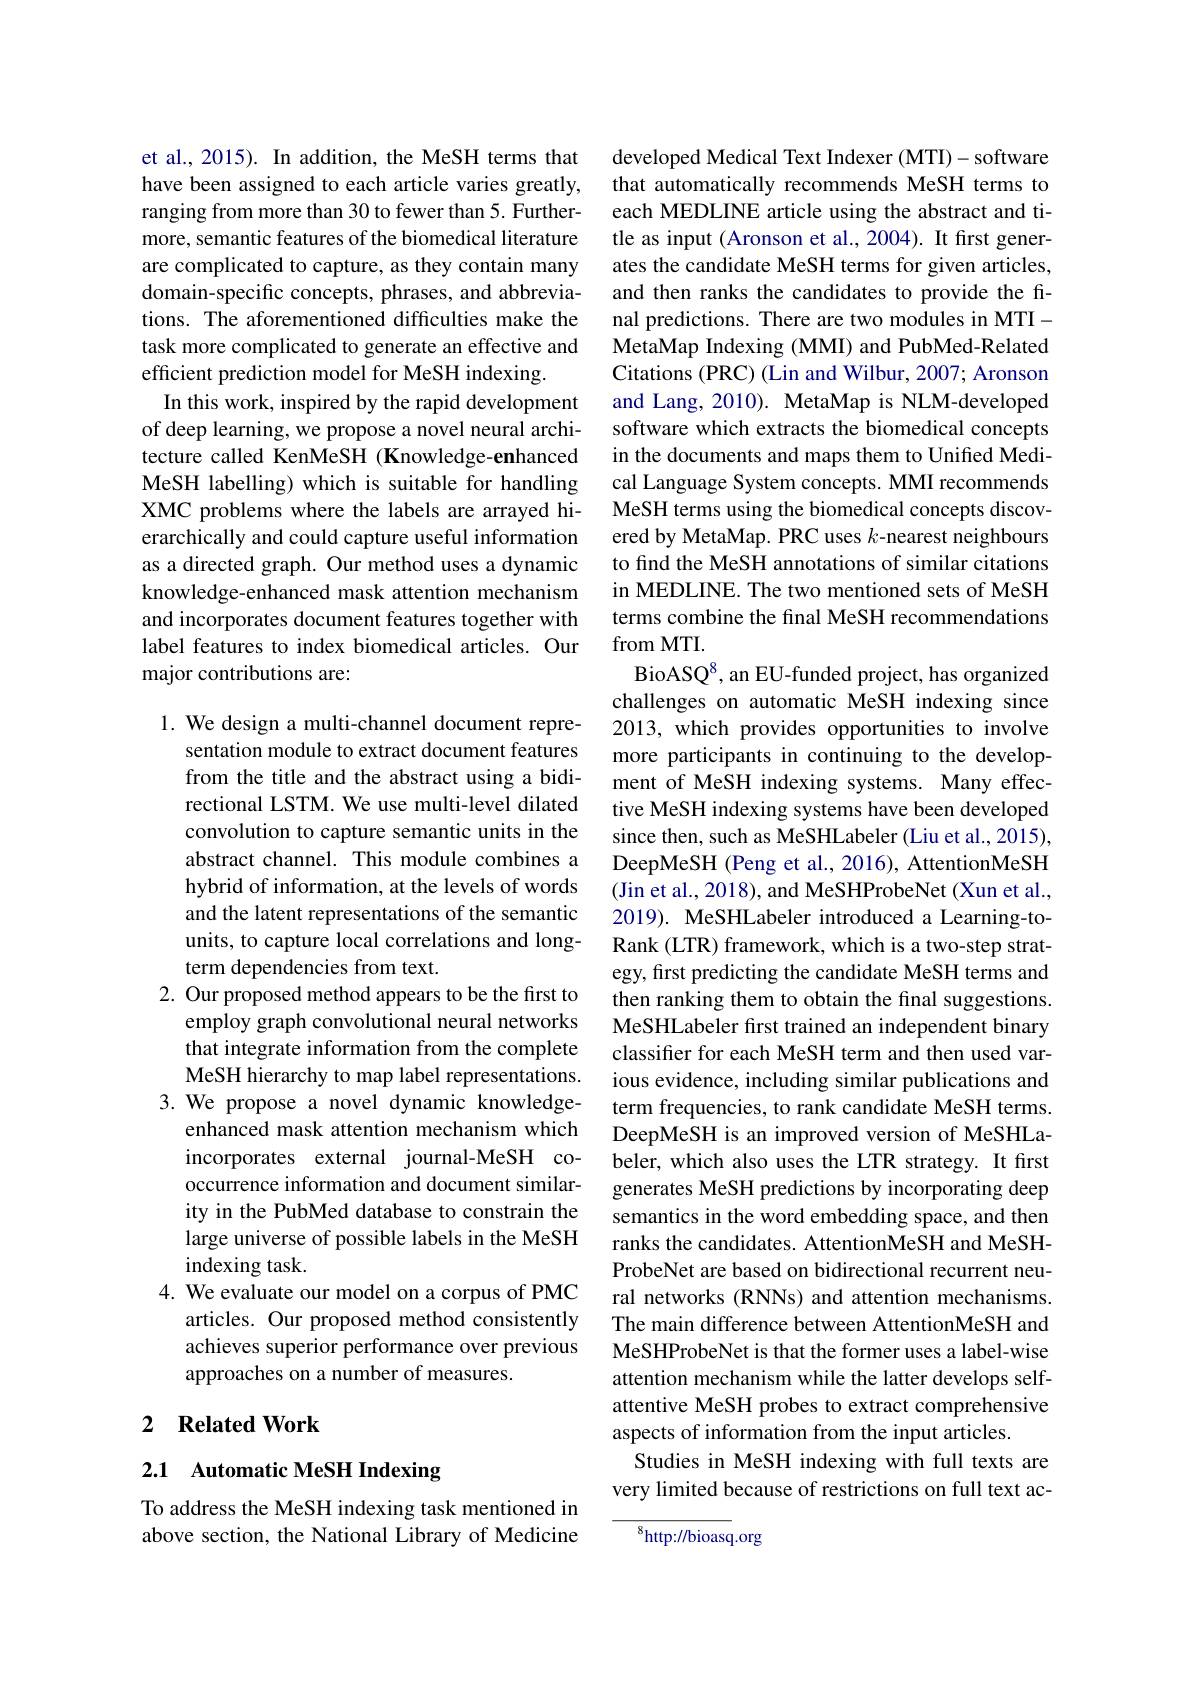
et al., 2015). In addition, the MeSH terms that have been assigned to each article varies greatly, ranging from more than 30 to fewer than 5. Furthermore, semantic features of the biomedical literature are complicated to capture, as they contain many domain-specific concepts, phrases, and abbreviations. The aforementioned difficulties make the task more complicated to generate an effective and efficient prediction model for MeSH indexing.
In this work, inspired by the rapid development of deep learning, we propose a novel neural architecture called KenMeSH (Knowledge-enhanced MeSH labelling) which is suitable for handling XMC problems where the labels are arrayed hierarchically and could capture useful information as a directed graph. Our method uses a dynamic knowledge-enhanced mask attention mechanism and incorporates document features together with label features to index biomedical articles. Our major contributions are:

1. We design a multi-channel document repre-
sentation module to extract document features from the title and the abstract using a bidirectional LSTM. We use multi-level dilated convolution to capture semantic units in the abstract channel. This module combines a hybrid of information, at the levels of words and the latent representations of the semantic units, to capture local correlations and longterm dependencies from text.
2. Our proposed method appears to be the first to
employ graph convolutional neural networks that integrate information from the complete MeSH hierarchy to map label representations.
3. We propose a novel dynamic knowledge-
enhanced mask attention mechanism which incorporates external journal-MeSH cooccurrence information and document similarity in the PubMed database to constrain the large universe of possible labels in the MeSH indexing task.
4. We evaluate our model on a corpus of PMC
articles. Our proposed method consistently achieves superior performance over previous approaches on a number of measures.

## 2 $\textbf{Related Work}$

## 2.1 Automatic MeSH Indexing

To address the MeSH indexing task mentioned in above section, the National Library of Medicine

developed Medical Text Indexer (MTI)- software that automatically recommends MeSH terms to each MEDLINE article using the abstract and title as input (Aronson et al., 2004). It first generates the candidate MeSH terms for given articles, and then ranks the candidates to provide the final predictions. There are two modules in MTIMetaMap Indexing (MMI) and PubMed-Related Citations (PRC) (Lin and Wilbur, 2007; Aronson and Lang,2010). MetaMap is NLM-developed software which extracts the biomedical concepts in the documents and maps them to Unified Medical Language System concepts. MMI recommends MeSH terms using the biomedical concepts discovered by MetaMap. PRC uses $k$-nearest neighbours to find the MeSH annotations of similar citations in MEDLINE. The two mentioned sets of MeSH terms combine the final MeSH recommendations from MTI.
BioASQ$^8$, an EU-funded project, has organized challenges on automatic MeSH indexing since 2013, which provides opportunities to involve more participants in continuing to the development of MeSH indexing systems. Many effective MeSH indexing systems have been developed since then, such as MeSHLabeler (Liu et al., 2015), DeepMeSH (Peng et al., 2016), AttentionMeSH (Jin et al., 2018), and MeSHProbeNet (Xun et al., 2019). MeSHLabeler introduced a Learning-toRank (LTR) framework, which is a two-step strategy, first predicting the candidate MeSH terms and then ranking them to obtain the final suggestions. MeSHLabeler first trained an independent binary classifer for each MeSH term and then used various evidence, including similar publications and term frequencies, to rank candidate MeSH terms. DeepMeSH is an improved version of MeSHLabeler, which also uses the LTR strategy. It first generates MeSH predictions by incorporating deep semantics in the word embedding space, and then ranks the candidates. AttentionMeSH and MeSHProbeNet are based on bidirectional recurrent neural networks (RNNs) and attention mechanisms. The main difference between AttentionMeSH and MeSHProbeNet is that the former uses a label-wise attention mechanism while the latter develops selfattentive MeSH probes to extract comprehensive aspects of information from the input articles.
Studies in MeSH indexing with full texts are very limited because of restrictions on full text ac-

$^{8}$http://bioasq.org